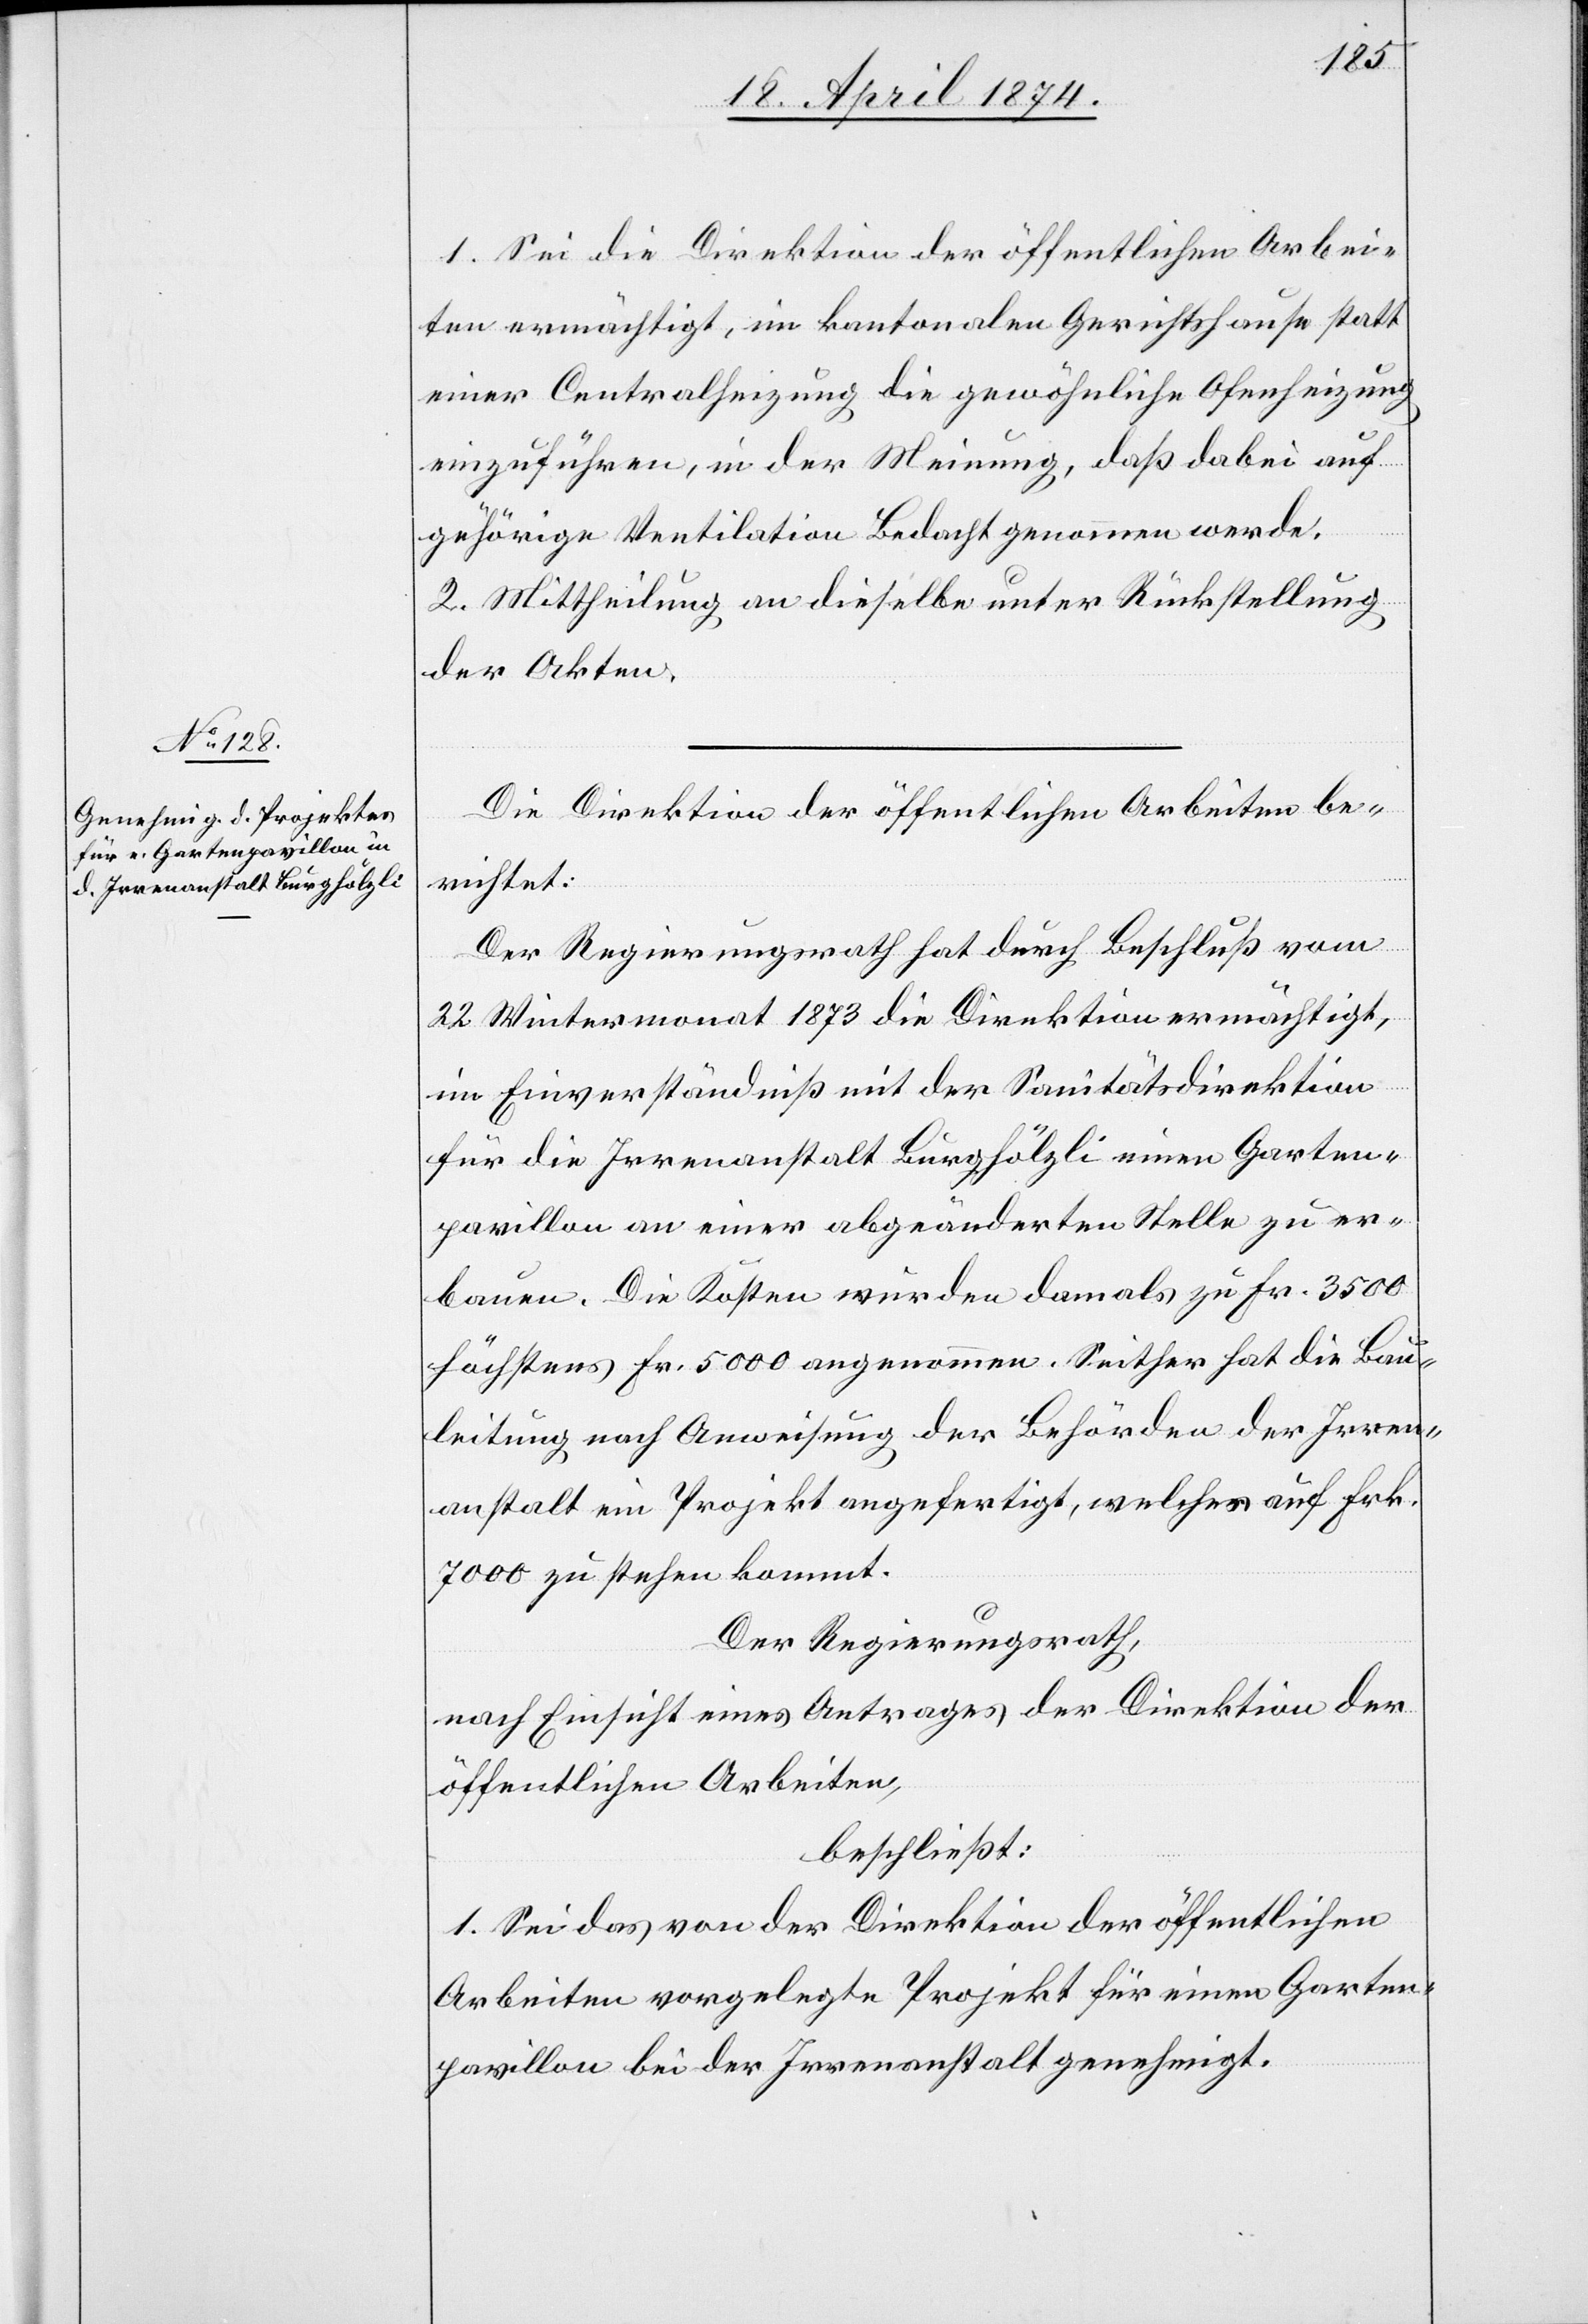
1. Sei die Direktion der öffentlichen Arbei¬
ten ermächtigt, im kantonalen Gerichtshause statt
einer Centralheizung die gewöhnliche Ofenheizung
einzuführen, in der Meinung, daß dabei auf
zuhörige Ventilation Bedacht genommen werde.
2. Mittheilung an dieselbe unter Rückstellung
der Akten.
Die Direktion der öffentlichen Arbeiten be¬
richtet:
Der Regierungsrath hat durch Beschluß vom
22. Wintermonat 1873 die Direktion ermächtigt,
im Einverständniß mit der Sanitätsdirektion
für die Irrenanstalt Burghölzli einen Garten¬
pavillon an einer abgeänderten Stelle zu er¬
bauen. Die Kosten wurden damals zu Fr. 3500
höchstens Fr. 5000 angenommen. Seither hat die Bau¬
leitung nach Anweisung der Behörden der Irren¬
anstalt ein Projekt angefertigt, welches auf Frk.
7000 zu stehen kommt.
Der Regierungsrath,
nach Einsicht eines Antrages der Direktion der
öffentlichen Arbeiten,
beschließt:
1. Sei das von der Direktion der öffentlichen
Arbeiten vorgelegte Projekt für einen Garten¬
pavillon bei der Irrenanstalt genehmigt.